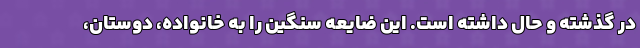
در گذشته و حال داشته است. این ضایعه سنگین را به خانواده، دوستان،